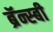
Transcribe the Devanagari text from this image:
ब्रॅन्स्बी